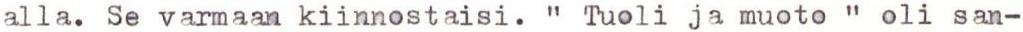
alla. Se varmaan kiinnostaisi.  " Tuoli ja muoto " oli san-